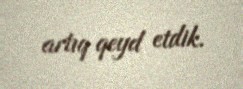
artıq qeyd etdik.